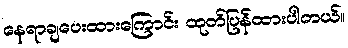
နေရာချပေးထားကြောင်း ထုတ်ပြန်ထားပါတယ်။